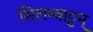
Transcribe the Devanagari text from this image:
सिलम्बाट्टम्